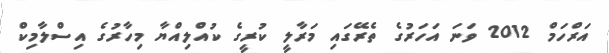
އަރްހަމް 2012 ވަނަ އަހަރުގެ ތެރޭގައި މަރާލީ ކުރީގެ ކުއްލިއްޔާ މިހާރުގެ އިސްލާމިކް